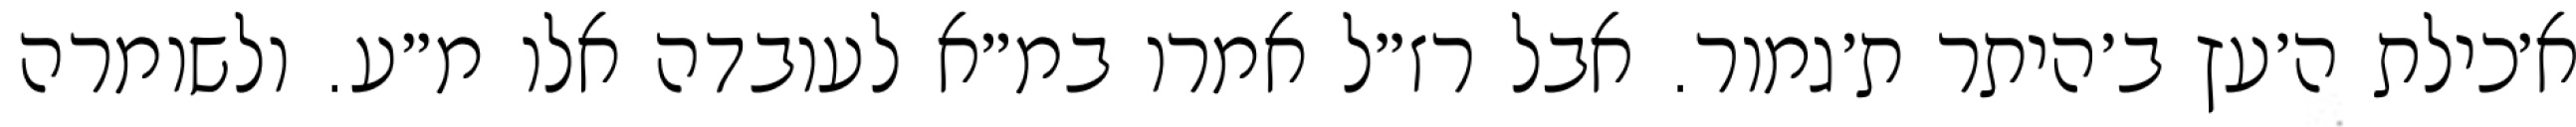
א׳כילת ה׳עץ ב׳היתר ת׳גמור. אבל רז״ל אמרו במ״א לעובדה אלו מ״ע. ולשומרה